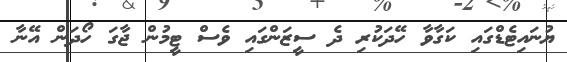
ޔުނައިޓެޑްގައި ކަގާވާ ހޭދަކުރި ދެ ސީޒަންގައި ވެސް ޓީމުން ޖާގަ ހޯދަން އޭނާ